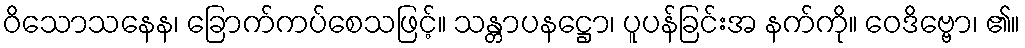
ဝိသောသနေန၊ ခြောက်ကပ်စေသဖြင့်။ သန္တာပနဋ္ဌော၊ ပူပန်ခြင်းအ နက်ကို။ ဝေဒိဗ္ဗော၊ ၏။